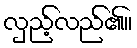
လှည့်လည်၏။